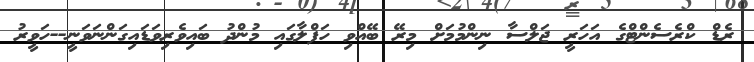
ރެޑް ކްރެސެންޓްގެ އަހަރީ ޖަލްސާ ނިންމުމަށް މިރޭ ބޭއްވި ހަފްލާގައި މުންދު ބައިވެެރިވަޑައިގަންނަވަނީ--ހަވީރު